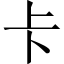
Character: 卡